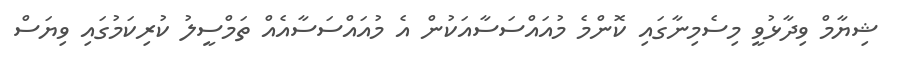
ޝިޔާމް ވިދާޅުވީ މިސެމިނާގައި ކޮންމެ މުއައްސަސާއަކުން އެ މުއައްސަސާއެއް ތަމްސީލު ކުރިކަމުގައި ވިޔަސް